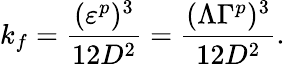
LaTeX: k_{f}=\frac{(\varepsilon^{p})^{3}}{12D^{2}}=\frac{(\Lambda\Gamma^{p})^{3}}{12D^{2}}.